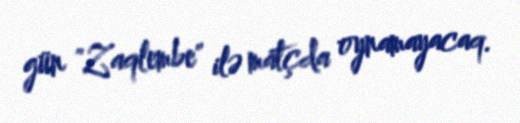
gün "Zaqlembe" ilə matçda oynamayacaq.